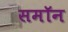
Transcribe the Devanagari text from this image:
समॉन